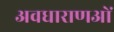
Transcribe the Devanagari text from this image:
अवधाराणओं